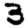
Digit: 3